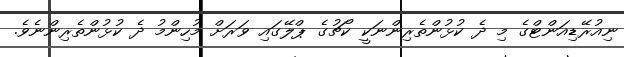
ނިއުރޭޑިއަންޓްގެ މި ދެ ކުޅުންތެރިންނަކީ ކޯޗުގެ ޕްލޭގައި ވަރަށް މުހިންމު ދެ ކުޅުންތެރިންނެވެ.